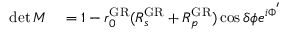
\begin{array} { r l } { \operatorname* { d e t } M } & { { } = 1 - r _ { 0 } ^ { \mathrm { G R } } ( R _ { s } ^ { \mathrm { G R } } + R _ { p } ^ { \mathrm { G R } } ) \cos \delta \phi e ^ { i \Phi ^ { ' } } } \end{array}